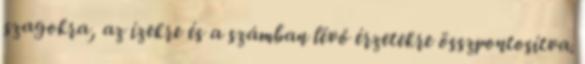
szagokra, az ízekre és a számban lévő érzetekre összpontosítva.